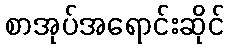
စာအုပ်အရောင်းဆိုင်